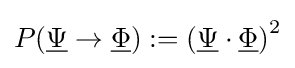
P({\underline {\Psi }}\to {\underline {\Phi }}):=\left({\underline {\Psi }}\cdot {\underline {\Phi }}\right)^{2}